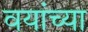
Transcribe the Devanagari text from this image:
वयांच्या